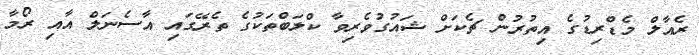
ރެއާލް މެޑްރިޑުގެ އިތުރުން ޗެކަށް ޝައުގުވެރިވާ ކްލަބްތަކުގެ ތެރޭގައި އާސެނަލް އާއި ރޯމާ